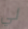
لي